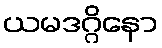
ယမဒဂ္ဂိနော